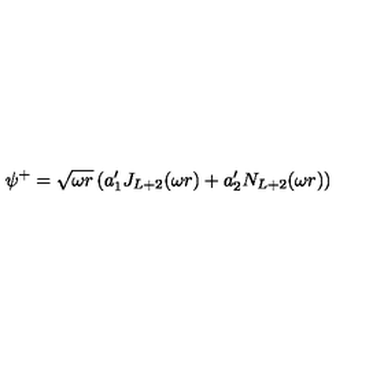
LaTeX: \psi ^ { + } = \sqrt { \omega r } \left( a _ { 1 } ^ { \prime } J _ { L + 2 } ( \omega r ) + a _ { 2 } ^ { \prime } N _ { L + 2 } ( \omega r ) \right)